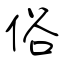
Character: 俗